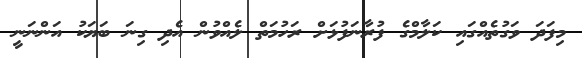
މިފަދަ ވަގުތެއްގައި ކަލާމްގެ ފުރާނަފުޅަށް ރަހުމަތް ލެއްވުން އެދި ގިނަ ބަޔަކު އަންނަނީ